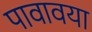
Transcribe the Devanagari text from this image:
पावावया